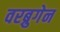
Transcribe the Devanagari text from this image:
वरब्रुगेन